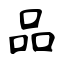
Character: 品